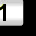
Digit: 1